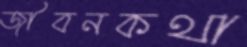
জীবনকথা